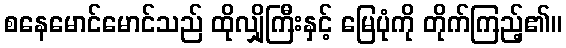
စနေမောင်မောင်သည် ထိုလျှိုကြီးနှင့် မြေပုံကို တိုက်ကြည့်၏။